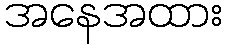
အနေအထား